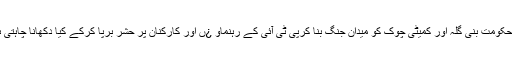
آخرحکومت بنی گلہ اور کمیٹی چوک کو میدانِ جنگ بنا کرپی ٹی آئی کے رہنماو ¿ں اور کارکنان پر حشر برپا کرکے کیا دِکھانا چاہتی ہے؟